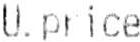
U.PRICE